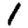
Digit: 1